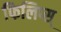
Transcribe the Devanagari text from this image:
फिलिप्स्